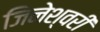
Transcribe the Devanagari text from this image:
जिनेश्वरी